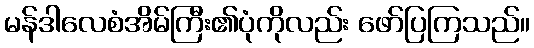
မန်ဒါလေစံအိမ်ကြီး၏ပုံကိုလည်း ဖော်ပြကြသည်။